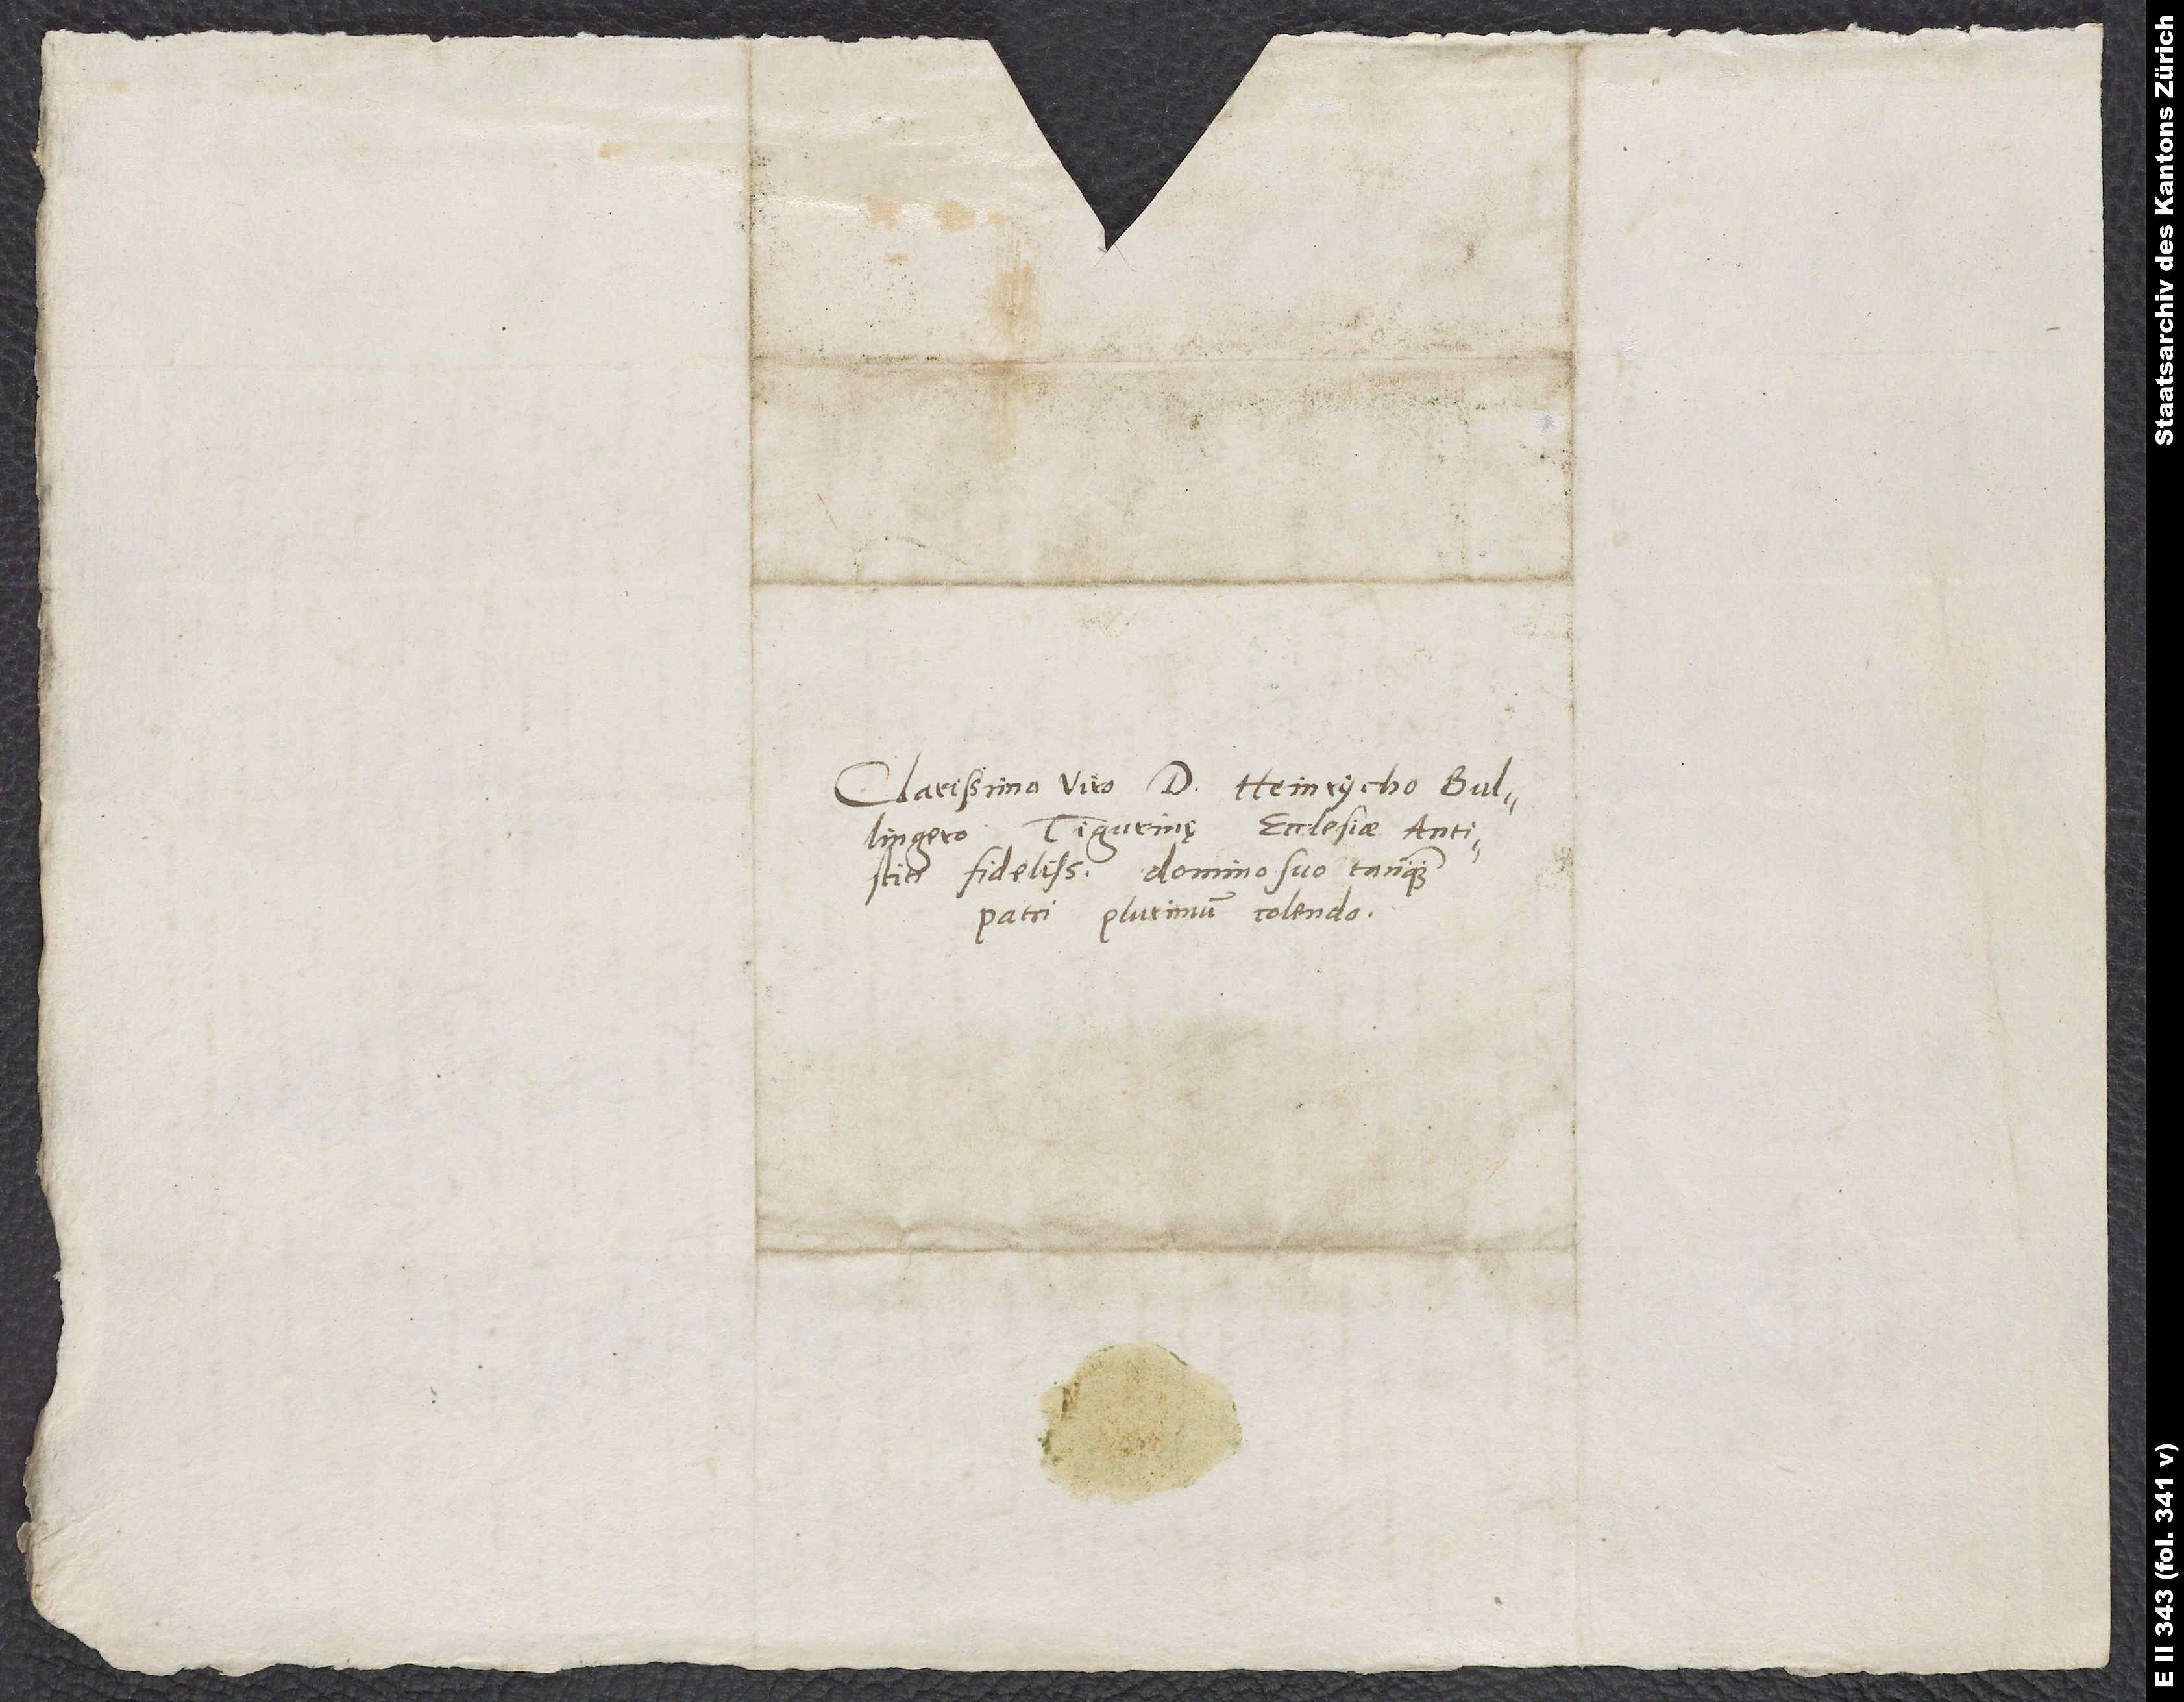
Clarissimo viro d. Heinrycho Bullingero,
Tigurinę ecclesiae antistiti
fidelissimo, domino suo tanquam
patri plurimum colendo.